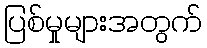
ပြစ်မှုများအတွက်